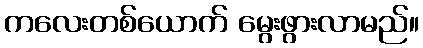
ကလေးတစ်ယောက် မွေးဖွားလာမည်။